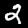
Digit: 2